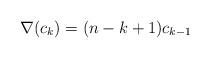
LaTeX: \begin{align*}\nabla(c_k)=(n-k+1)c_{k-1}\end{align*}